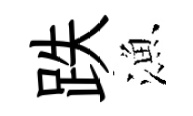
跌漁